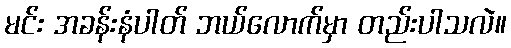
မင်း အခန်းနံပါတ် ဘယ်လောက်မှာ တည်းပါသလဲ။